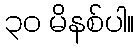
၃၀ မိနစ်ပါ။